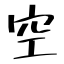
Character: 空